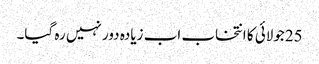
25جولائی کا انتخاب اب زیادہ دور نہیں رہ گیا۔